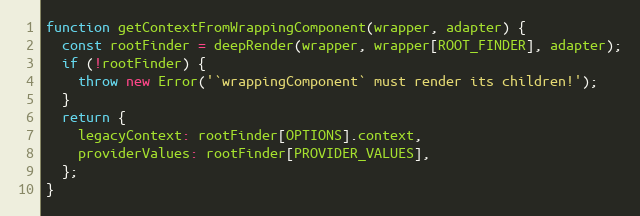
Language: JavaScript
function getContextFromWrappingComponent(wrapper, adapter) {
  const rootFinder = deepRender(wrapper, wrapper[ROOT_FINDER], adapter);
  if (!rootFinder) {
    throw new Error('`wrappingComponent` must render its children!');
  }
  return {
    legacyContext: rootFinder[OPTIONS].context,
    providerValues: rootFinder[PROVIDER_VALUES],
  };
}